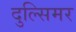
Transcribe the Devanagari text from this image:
दुल्सिमर